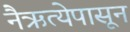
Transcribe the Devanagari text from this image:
नैऋत्येपासून